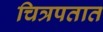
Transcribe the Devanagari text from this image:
चित्रपतात